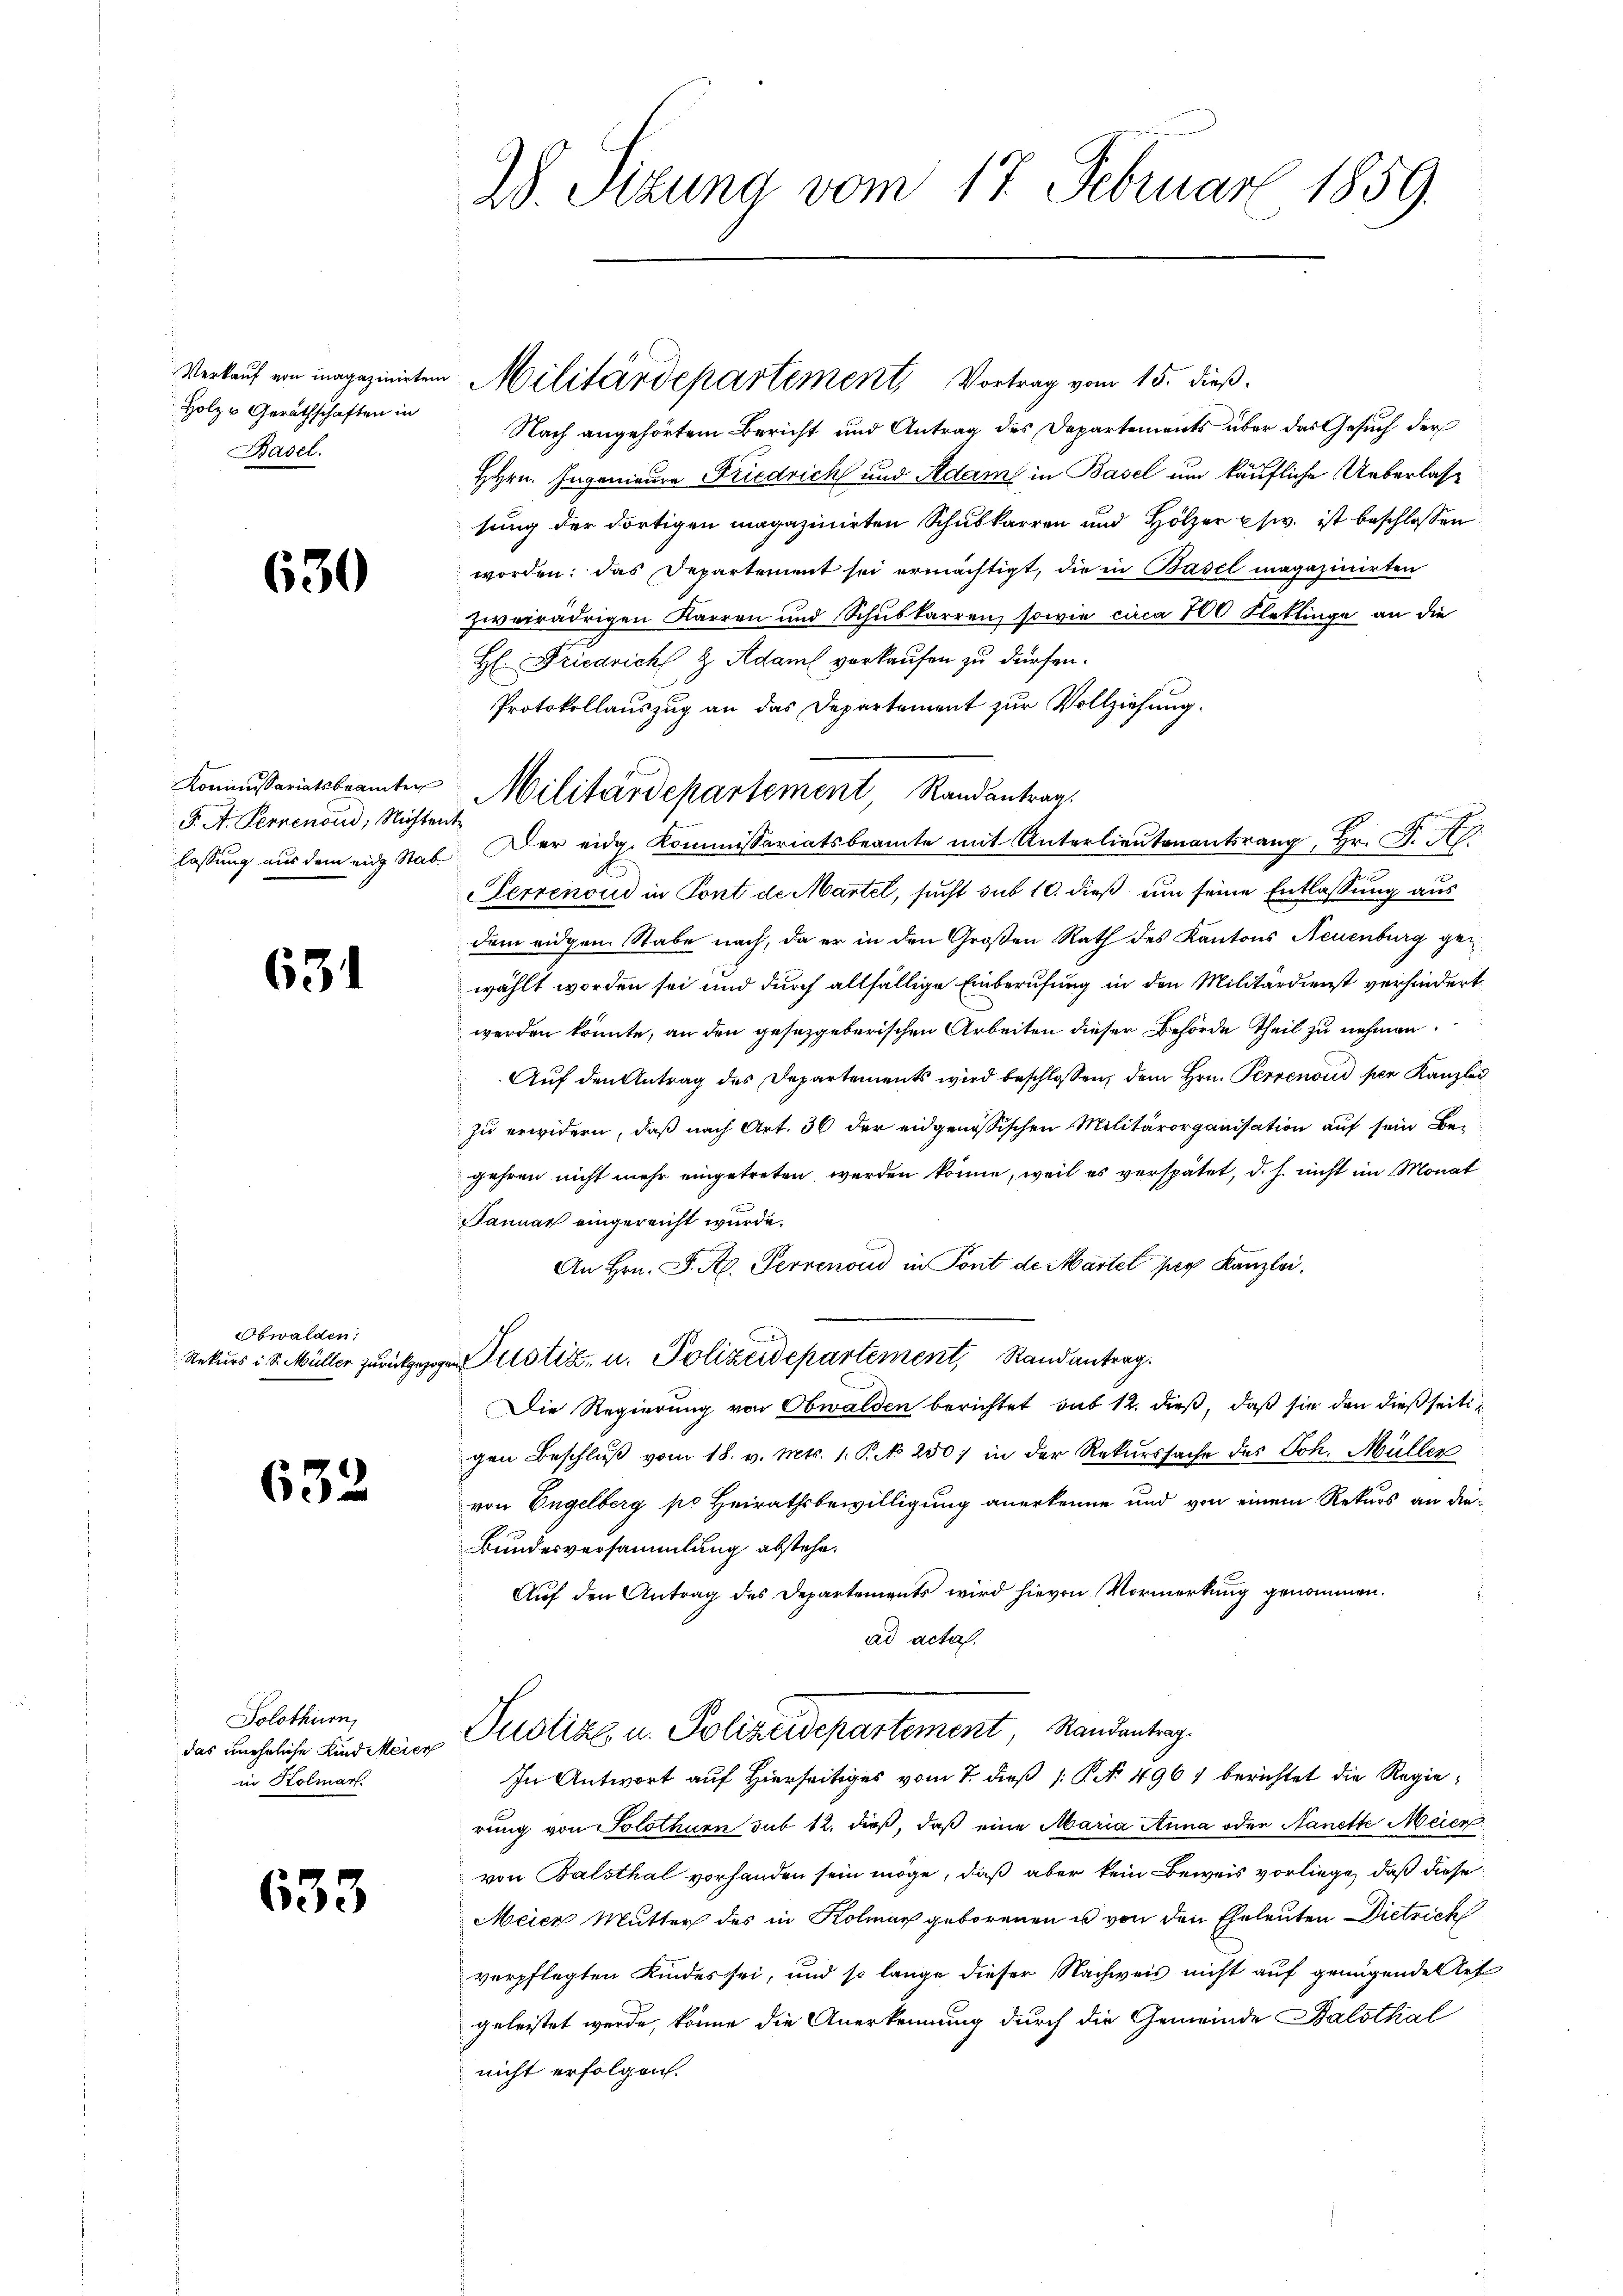
Verkauf von magazinirten
Holz u. Geräthschaften in
Basel.

630

F. A. Fernenoud; Nichten

631

Obwalden:
Rekurs i S. Müller zurückgez

632

Solothurn,
das uneheliche Kind Meier
in Kolmar.

633

W. Sizung vom 17. Februar 1859.

Nach angehörtem Bericht und Antrag des Departements über das Gesuch der
HHrn. Ingenieure Friedrich und Adam in Basel um käufliche Ueberlasse
sung der dortigen magazinirten Schubkarren und Hölzer usw. ist beschlossen
worden: das Departement sei ermächtigt, die in Basel magazinirten
zweirädrigen Karren und Schubkarren, sowie circa 100 Klettinge an die
H: Friedrich & Adam verkaufen zu dürfen.
Protokollauszug an das Departement zur Vollziehung.
t
lassung aus dem eng Stab. Der eidg. Kommissariatsbeamte mit Unterlieutenantsrang, Hr. J. A.
Perrenoud in Pont de Martel, sucht sub 10. dieß um seine Entlassung aus
dem eidgen. Stabe nach, da er in den Großen Rath des Kantons Neuenburg gewählt worden sei und durch allfällige Einberufung in den Militärdienst verhindert.
werden könnte, an den gesetzgeberischen Arbeiten dieser Behörde Theil zu nehmen.
Aŭf den Antrag des Departements wird beschlossen, dem Hrn. Perrenoud per Kanzlei
zu erwidern, daß nach Art. 36 der eidgenössischen Militärorganisation auf sein Begehren nicht mehr eingetreten werden könne, weil es verspätet, d. h. nicht im Monat
Januar eingereicht wurde.
An Hrn. F. A. Perrenoud in Pont de Martel per Kanzlei.
Justiz, u. Polizeidepartement, Stand antrag.
Die Regierung von Obwalden berichtet sub 12. dieß, daß sie den dießseitigen Beschluß vom 18. v. Mts. 1. P. N. 250; in der Rekurssache des Joh. Müller
von Engelberg po Heirathsbewilligung anerkenne und von einem Rekurs an die¬
Bundesversammlung abstehe.
Auf den Antrag des Departements wird hievon Vormerkung genommen.
ad acta.
Justice u. Polizeidepartement, Standentrag
In Antwort auf Hierseitiges vom 7. dieß 1: P. Nr. 496) berichtet die Regierung von Solothurn sub 12. dieß, daß eine Maria Anna oder Nanette Meier
von Balsthal vorhanden sein möge, daß aber kein Beweis vorliege, daß diese
Meier Mutter des in Kolmar geborenen u von den Eheleuten Dietrich
verpflegten Kindes sei, und so lange dieser Nachweis nicht auf genügende Art
geleistet werde, könne die Anerkennung durch die Gemeinde Balsthal
nicht erfolgen.

Kommissariatsbeamter Militärdepartement, Randantrag

Militärdepartement, Vortrag vom 15. dieß.